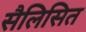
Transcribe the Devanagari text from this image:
सैलिसित